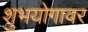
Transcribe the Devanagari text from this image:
शुभयोगावर